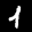
Label: 1